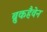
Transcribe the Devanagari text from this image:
ब्रुकहैवेन